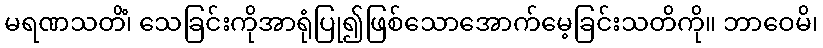
မရဏသတိံ၊ သေခြင်းကိုအာရုံပြု၍ဖြစ်သောအောက်မေ့ခြင်းသတိကို။ ဘာဝေမိ၊